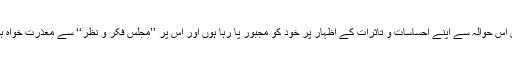
لیکن اس حوالہ سے اپنے احساسات و تاثرات کے اظہار پر خود کو مجبور پا رہا ہوں اور اس پر ’’مجلس فکر و نظر‘‘ سے معذرت خواہ ہوں ۔